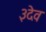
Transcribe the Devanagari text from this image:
३देव